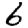
Digit: 6